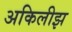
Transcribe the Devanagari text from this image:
अकिलीझ